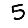
Digit: 5